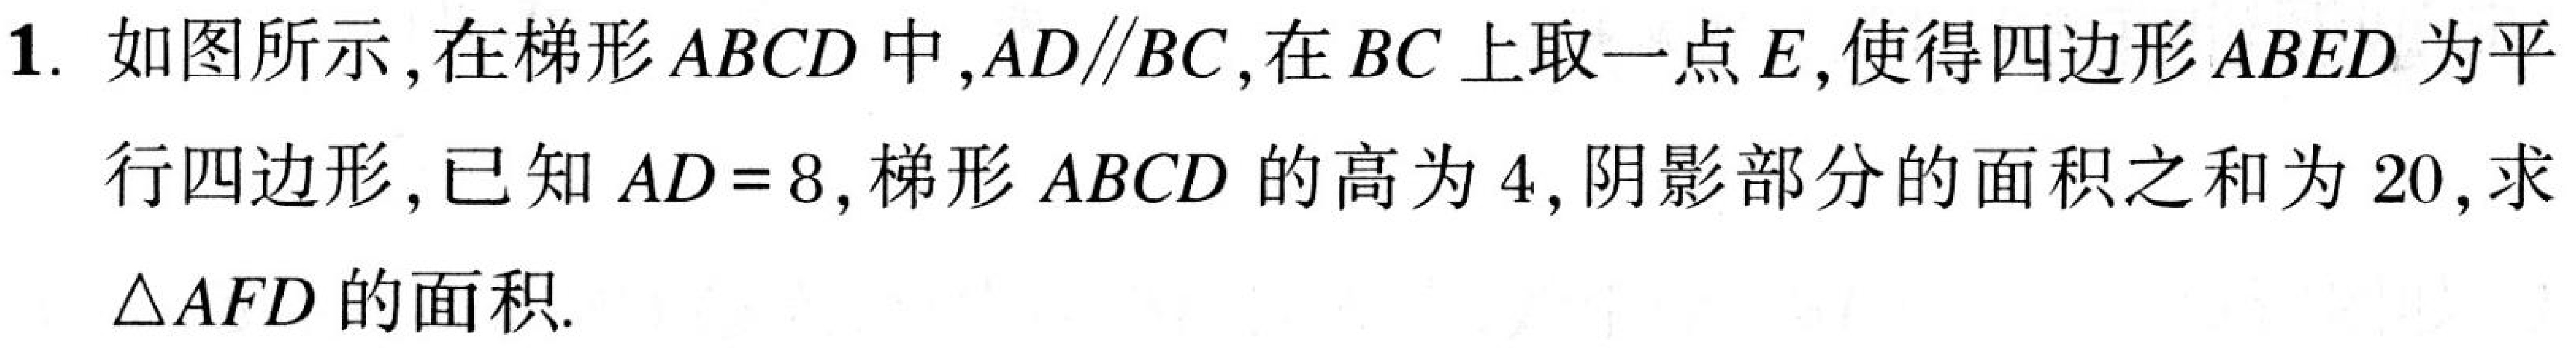
1. 如图所示,在梯形$ABCD$中,$AD\parallel BC$,在$BC$上取一点$E$,使得四边形$ABED$为平行四边形,已知$AD = 8$,梯形$ABCD$的高为$4$,阴影部分的面积之和为$20$,求$\triangle AFD$的面积.